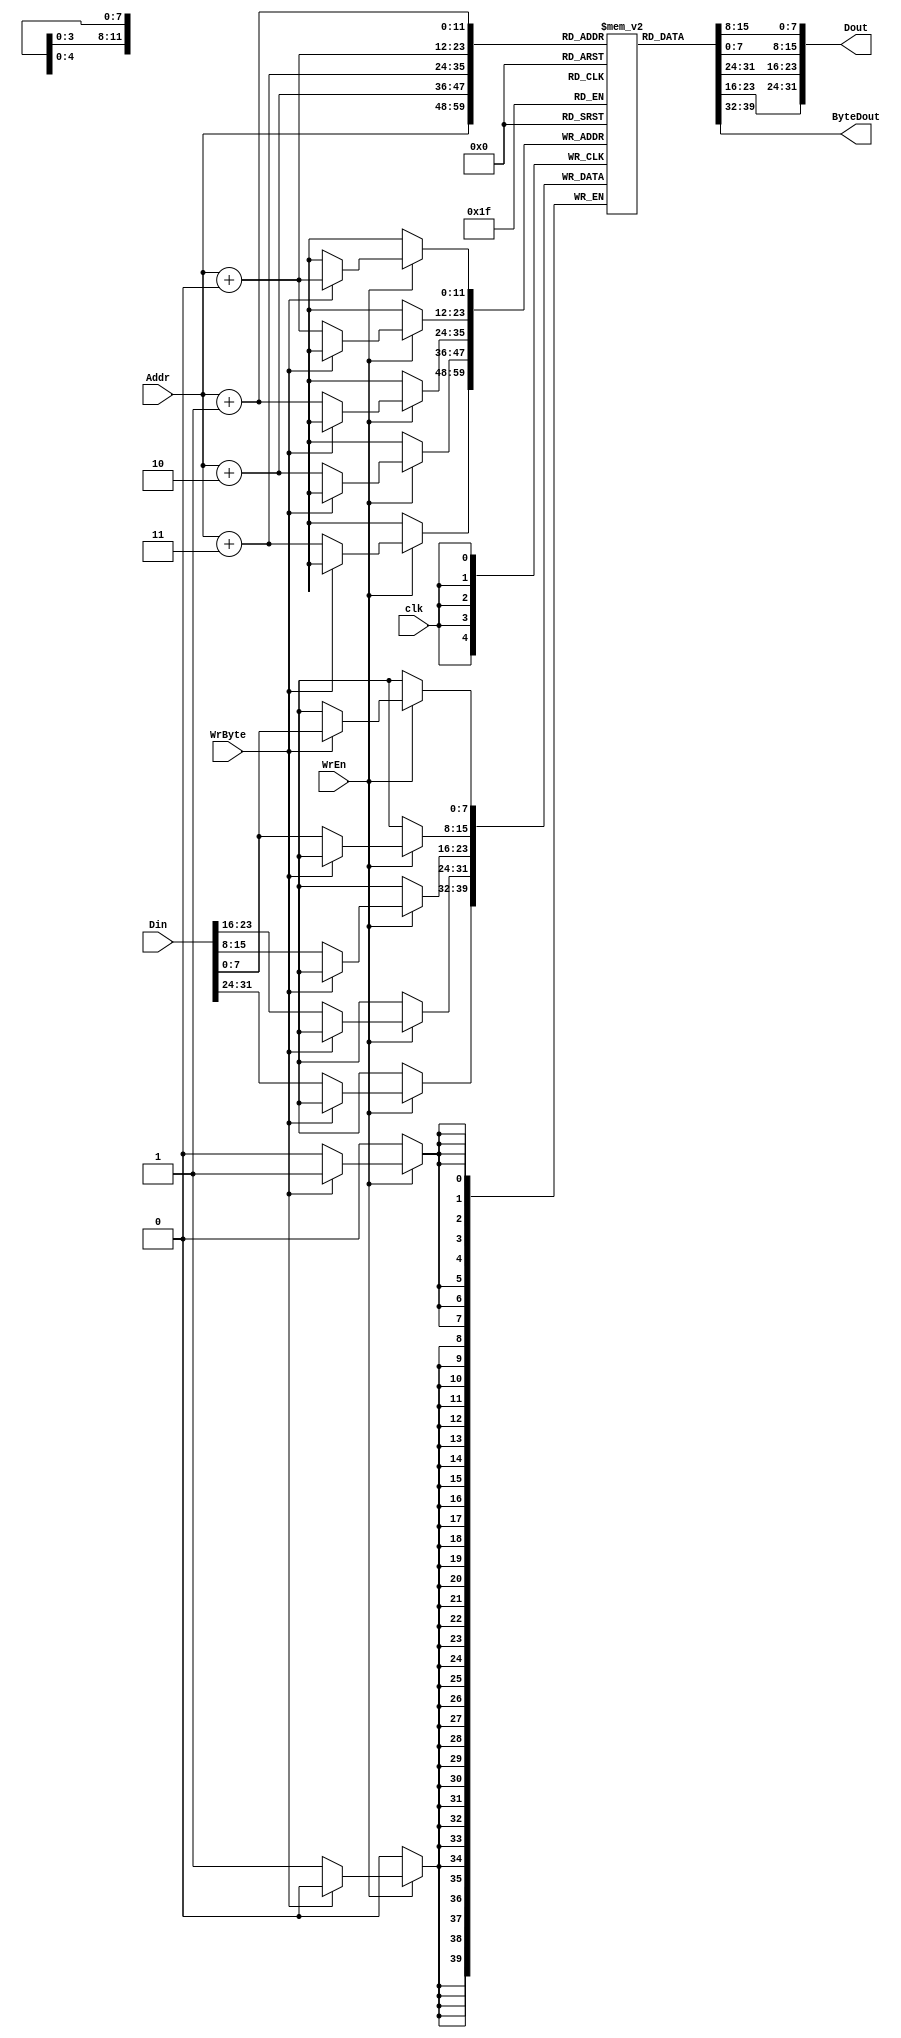
module DM_4K_206(input clk,             //
                 input WrEn,            //
                 input WrByte,          //
                 input[11:0] Addr,      //
                 input[31:0] Din,       //
                 output[31:0] Dout,     //
                 output[7:0] ByteDout); //
    reg[7:0] DM[4096-1:0];
    assign Dout = {DM[Addr + 3], DM[Addr + 2], DM[Addr + 1], DM[Addr + 0]};
    assign ByteDout = DM[Addr];
    always @(posedge clk) begin
        if (WrEn) begin
            if(WrByte) begin
                DM[Addr + 0] <= Din[7:0];
            end
            else begin
                DM[Addr + 0] <= Din[7:0];
                DM[Addr + 1] <= Din[15:8];
                DM[Addr + 2] <= Din[23:16];
                DM[Addr + 3] <= Din[31:24];
            end

        end
    end
endmodule